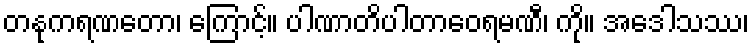
တနုကရဏတော၊ ကြောင့်။ ပါဏာတိပါတာဝေရမဏီ၊ ကို။ အဒေါသဿ၊